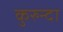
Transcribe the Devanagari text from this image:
कुरुन्दा